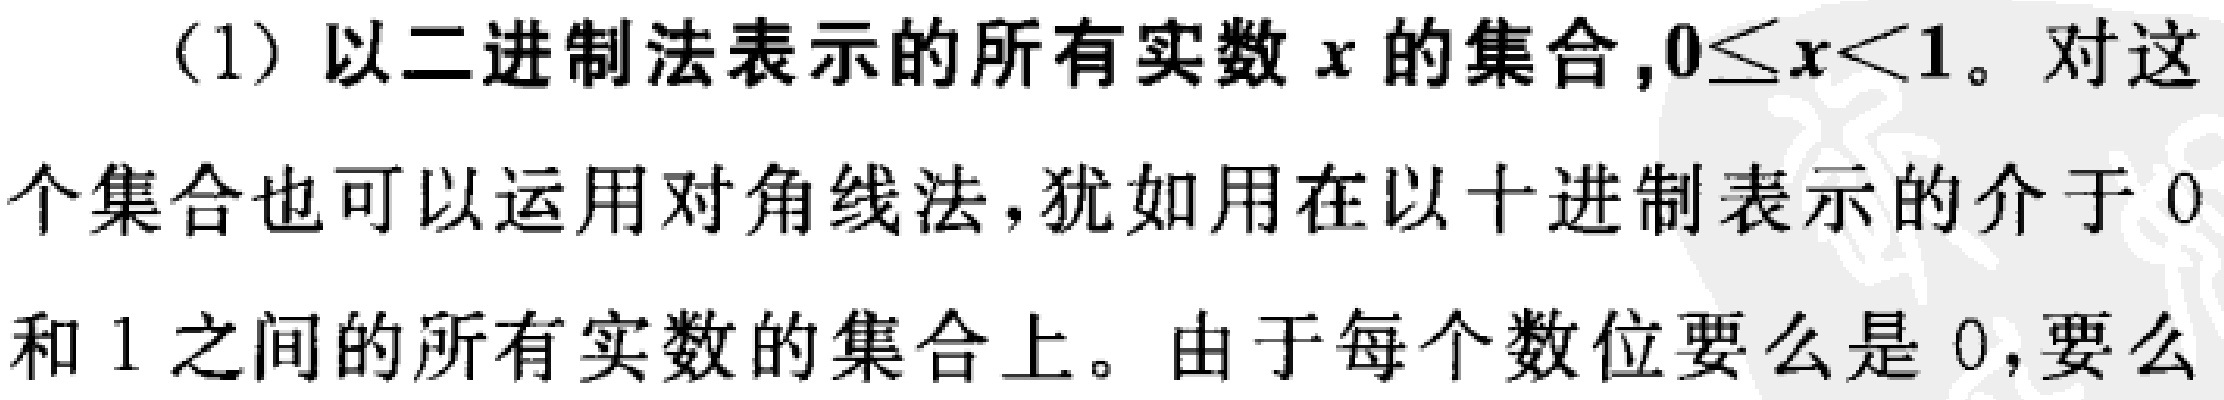
(1) 以二进制法表示的所有实数 \(x\) 的集合,\(0\leq x<1\)。对这个集合也可以运用对角线法,犹如用在以十进制表示的介于 \(0\) 和 \(1\) 之间的所有实数的集合上。由于每个数位要么是 \(0\),要么